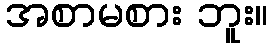
အစာမစား ဘူး။